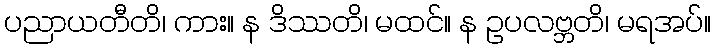
ပညာယတီတိ၊ ကား။ န ဒိဿတိ၊ မထင်။ န ဥပလဗ္ဘတိ၊ မရအပ်။